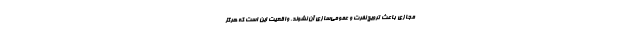
مجازی باعث ترویج نفرت و عمومی‌سازیِ آن نشوند. واقعیت این است که هرگز